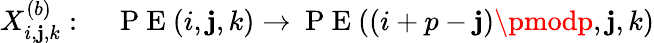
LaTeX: X_{i,\mathbf{j},k}^{(b)}:\quad\mathrm{{~P~E~}}(i,\mathbf{j},k)\rightarrow\mathrm{{~P~E~}}((i+p-\mathbf{j})\pmodp,\mathbf{j},k)